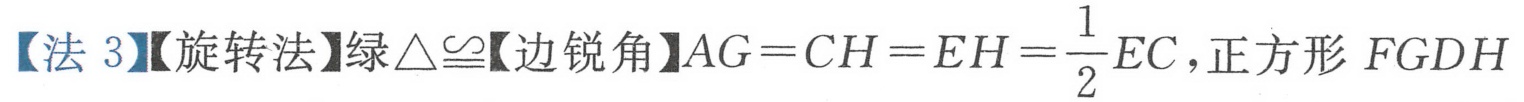
【法 3】【旋转法】绿\(\triangle\cong\)【边锐角】\(AG = CH = EH=\frac{1}{2}EC\), 正方形 \(FGDH\)